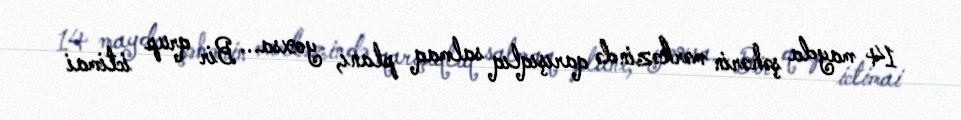
14 mayda şəhərin mərkəzində qarışıqlıq salmaq planı, yoxsa... Bir qrup ictimai